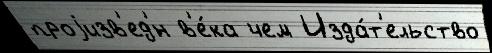
проjизв'ед'́н в'е́ка чем Изда́т'ельство